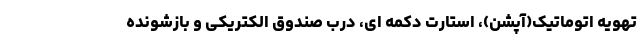
تهویه اتوماتیک(آپشن)، استارت دکمه ای، درب صندوق الکتریکی و بازشونده